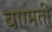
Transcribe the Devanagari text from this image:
बाग्मती